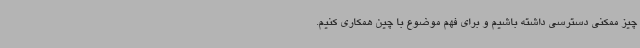
چیز ممکنی دسترسی داشته باشیم و برای فهم موضوع با چین همکاری کنیم.